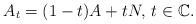
LaTeX: \begin{align*}A_{t}=(1-t)A+tN,\,t\in\mathbb{C}.\end{align*}